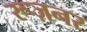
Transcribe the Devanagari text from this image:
रूज़नर